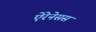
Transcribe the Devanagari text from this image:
ऐरेनेसस